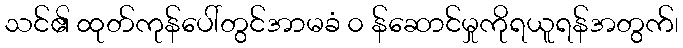
သင်၏ ထုတ်ကုန်ပေါ်တွင်အာမခံ ၀ န်ဆောင်မှုကိုရယူရန်အတွက်၊